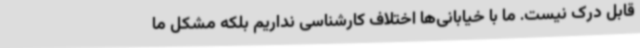
قابل درک نیست. ما با خیابانی‌ها اختلاف کارشناسی نداریم بلکه مشکل ما